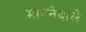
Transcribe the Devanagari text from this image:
मापनेवाले